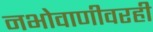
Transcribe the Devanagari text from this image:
नभोवाणीवरही